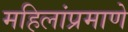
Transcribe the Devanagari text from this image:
महिलांप्रमाणे